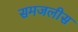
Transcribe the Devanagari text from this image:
समजलीस